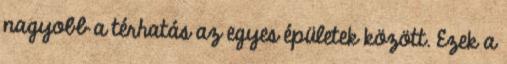
nagyobb a térhatás az egyes épületek között. Ezek a